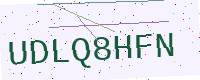
Text: UDLQ8HFN